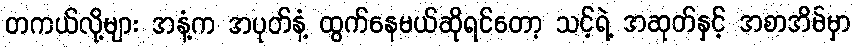
တကယ်လို့များ အနံ့က အပုတ်နံ့ ထွက်နေမယ်ဆိုရင်တော့ သင့်ရဲ့ အဆုတ်နှင့် အစာအိမ်မှာ